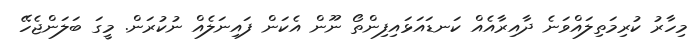
މިހާރު ކުރިމަތިލައްވަނެ ދާއިރާއެއް ކަނޑައަޅައިފިންތޯ ނޫން އެކަން ފައިނަލެއް ނުކުރަން. މީގަ ބަލަންޖެހޭ